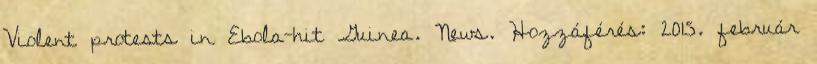
Violent protests in Ebola-hit Guinea. News. Hozzáférés: 2015. február